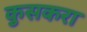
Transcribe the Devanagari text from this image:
कुसकरा